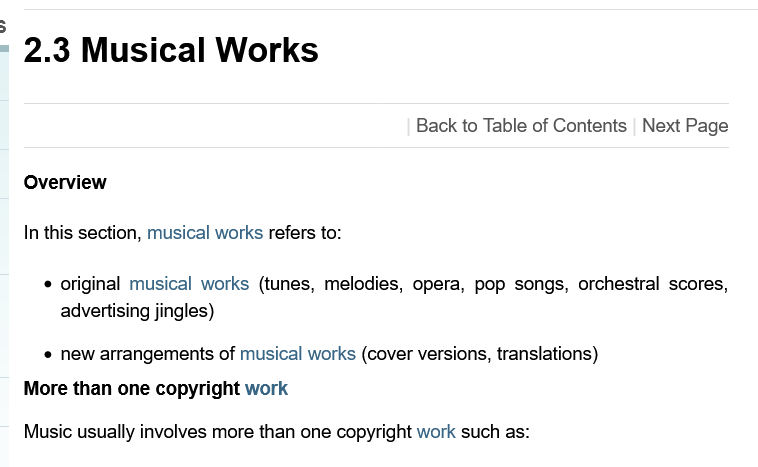
2.3   Musical    Works
   Overview
   In this section, musical works refers to:
     original musical works (tunes, melodies, opera, pop songs, orchestral scores,
     advertising jingles)
     new arrangements of musical works (cover versions, translations)
   More than one copyright work
   Music usually involves more than one copyright work such as:
     Back to Table of Contents Next Page